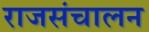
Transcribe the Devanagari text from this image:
राजसंचालन